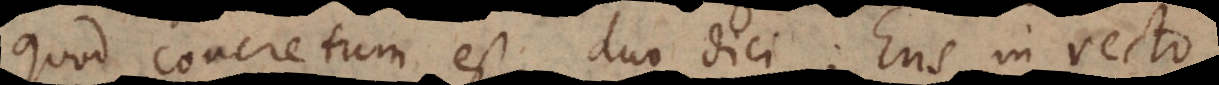
quod concretum est, duo dici: Ens in recto,